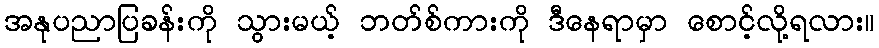
အနုပညာပြခန်းကို သွားမယ့် ဘတ်စ်ကားကို ဒီနေရာမှာ စောင့်လို့ရလား။